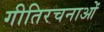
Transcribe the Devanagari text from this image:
गीतिरचनाओं